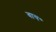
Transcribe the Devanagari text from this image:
वाय॰